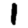
Digit: 1